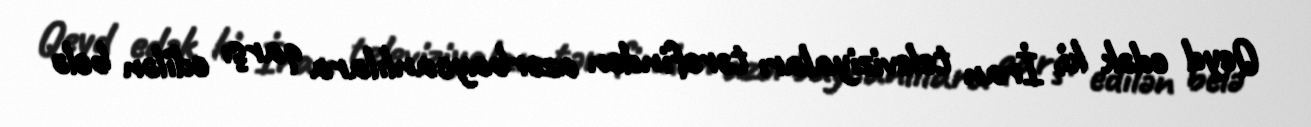
Qeyd edək ki, İran televiziyaları tərəfindən azərbaycanlılara qarşı edilən belə